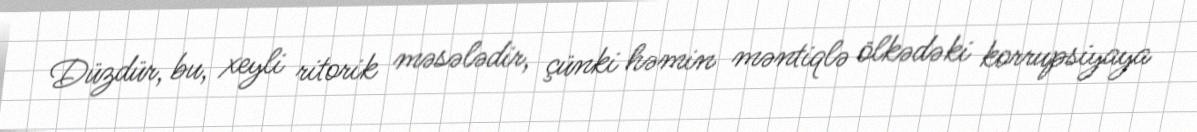
Düzdür, bu, xeyli ritorik məsələdir, çünki həmin məntiqlə ölkədəki korrupsiyaya